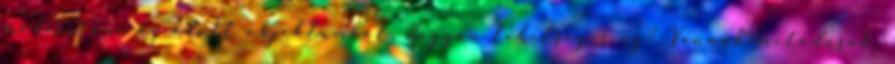
módosítani az adott objektumból. Hogyan lehetséges ez? Vannak metódusok,